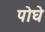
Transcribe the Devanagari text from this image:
पोघे